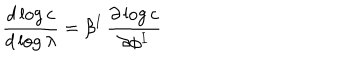
LaTeX: { \frac { d \log c } { d \log \lambda } } = \beta ^ { I } \, { \frac { \partial \log c } { \partial \phi ^ { I } } }